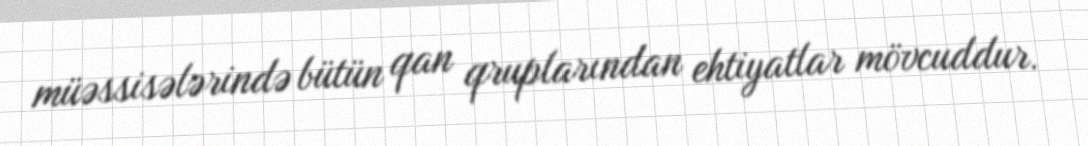
müəssisələrində bütün qan qruplarından ehtiyatlar mövcuddur.